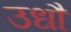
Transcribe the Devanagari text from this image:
उधौ